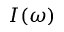
I ( \omega )